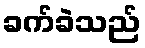
ခက်ခဲသည်